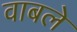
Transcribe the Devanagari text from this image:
वाबले